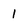
Character: 1